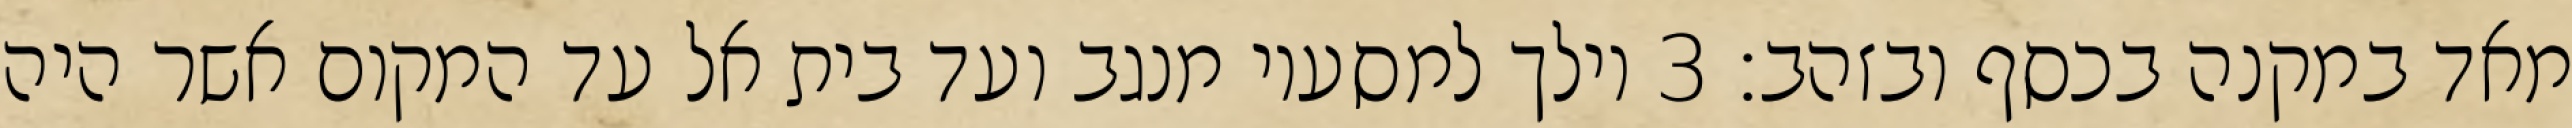
מאד במקנה בכסף ובזהב׃ ‎3‏ וילך למסעיו מנגב ועד בית אל עד המקום אשר היה